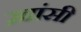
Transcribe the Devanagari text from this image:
ख़ांसी